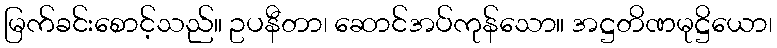
မြက်ခင်းစောင့်သည်။ ဥပနီတာ၊ ဆောင်အပ်ကုန်သော။ အဋ္ဌတိဏမုဋ္ဌိယော၊